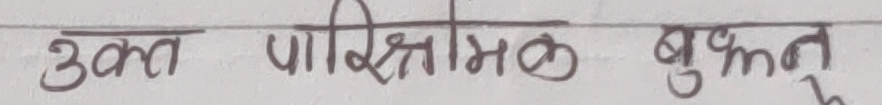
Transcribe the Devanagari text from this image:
उक्त पारिश्रमिक बुझ्नु